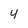
Character: 4